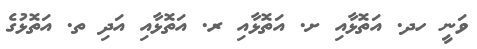
ވަނީ ހދ. އަތޮޅާއި ށ. އަތޮޅާއި ރ. އަތޮޅާއި އަދި ތ. އަތޮޅުގެ